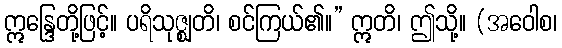
ဣန္ဒြေတို့ဖြင့်။ ပရိသုဇ္ဈတိ၊ စင်ကြယ်၏။” ဣတိ၊ ဤသို့။ (အဝေါစ၊